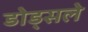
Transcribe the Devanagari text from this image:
डोड्सले